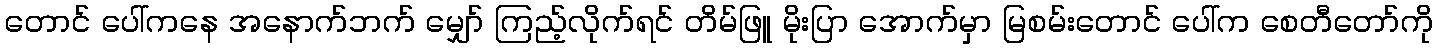
တောင် ပေါ်ကနေ အနောက်ဘက် မျှော် ကြည့်လိုက်ရင် တိမ်ဖြူ မိုးပြာ အောက်မှာ မြစမ်းတောင် ပေါ်က စေတီတော်ကို